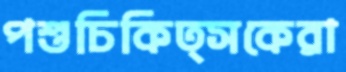
পশুচিকিত্সকেরা